Language: tamil
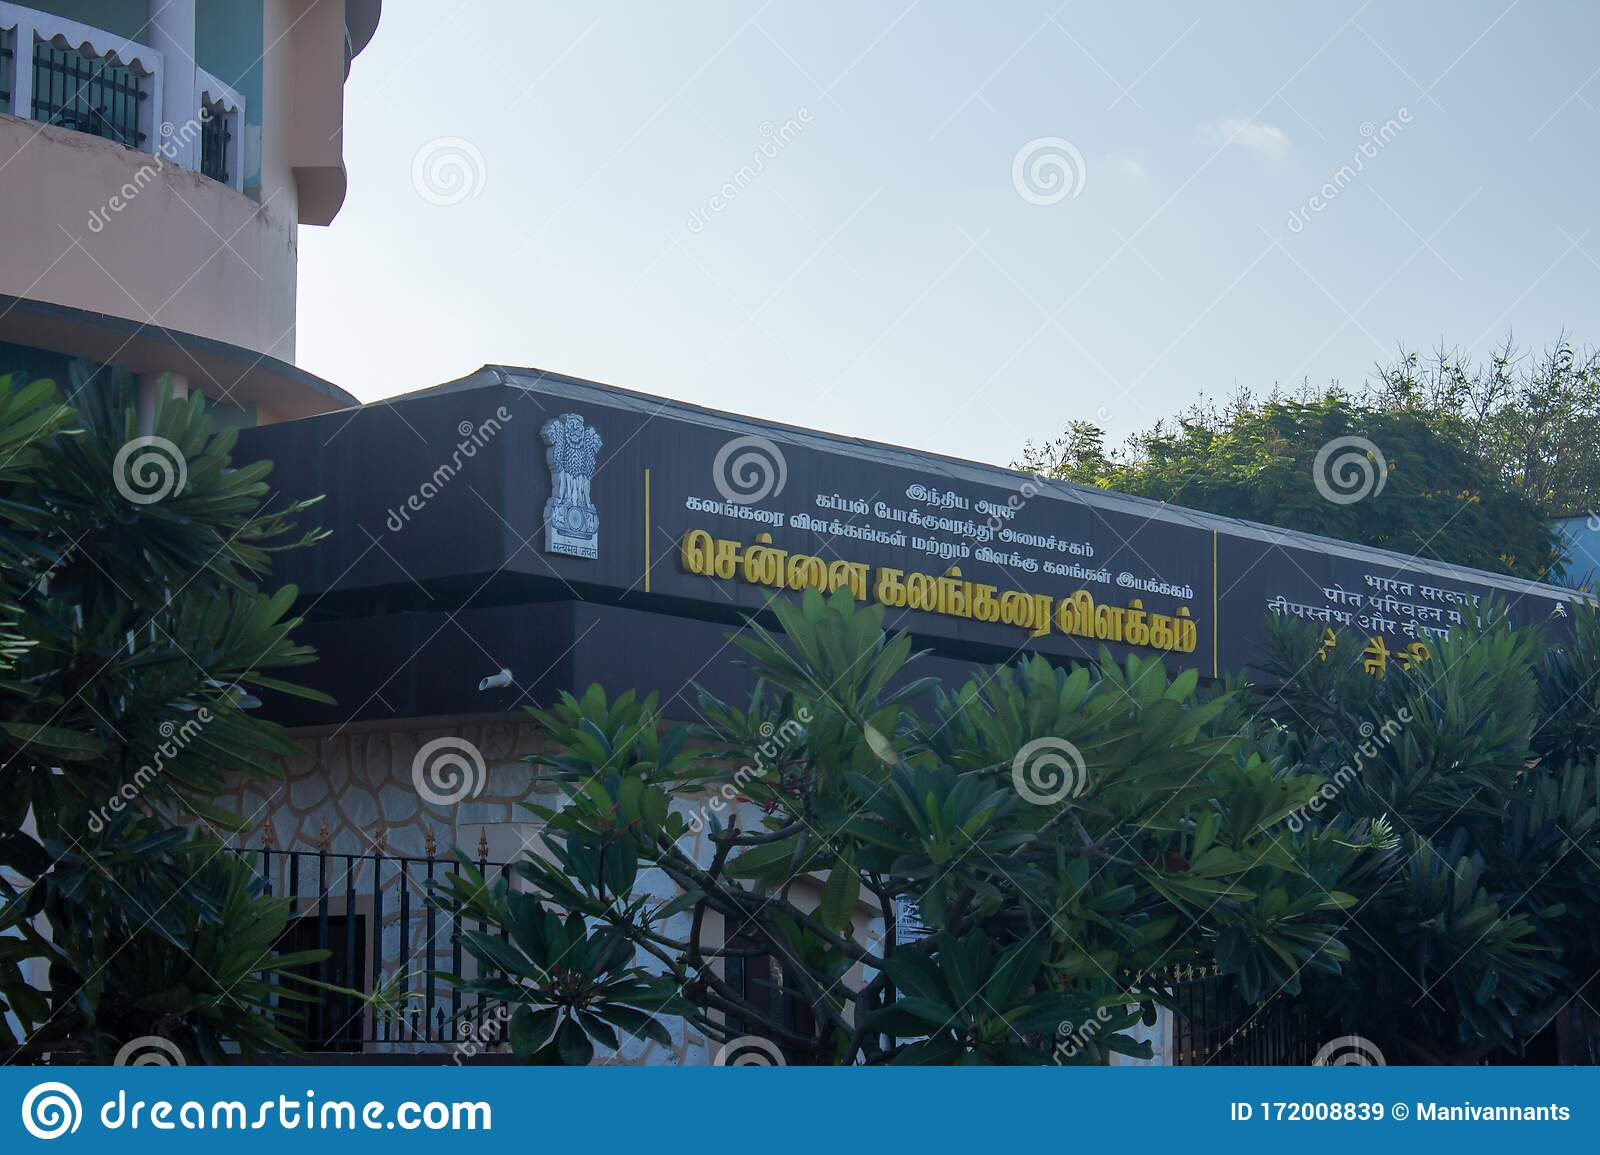
Transcription: இந்திய போக்குவரத்து விளக்கங்கள் இயக்ககம் விளக்கம் மற்றும் கலங்கரை கப்பல் அமைச்சகம் கலங்கரை விளக்கு கலங்கள் சென்னை